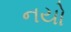
નયો